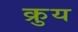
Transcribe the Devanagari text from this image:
क्रुय